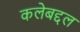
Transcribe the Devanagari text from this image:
कलेबद्दल